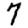
Digit: 7